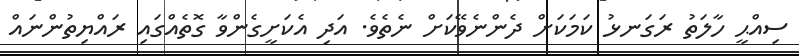
ސިއްޙީ ހާލަތު ރަގަނޅު ކަމަކަށް ދެންނެވޭކަށް ނެތެވެ. އަދި އެކަށީގެންވާ ގޮތެއްގައި ރައްޔިތުންނައް